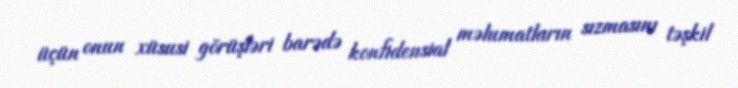
üçün onun xüsusi görüşləri barədə konfidensial məlumatların sızmasını təşkil